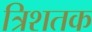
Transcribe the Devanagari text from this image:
त्रिशतक